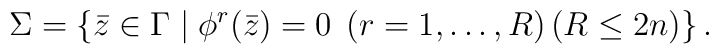
\Sigma =\left\{ \bar{z}\in \Gamma \mid \phi ^{r}(\bar{z})=0\;\left(r=1,\ldots ,R\right) \left( R\leq 2n\right) \right\} .